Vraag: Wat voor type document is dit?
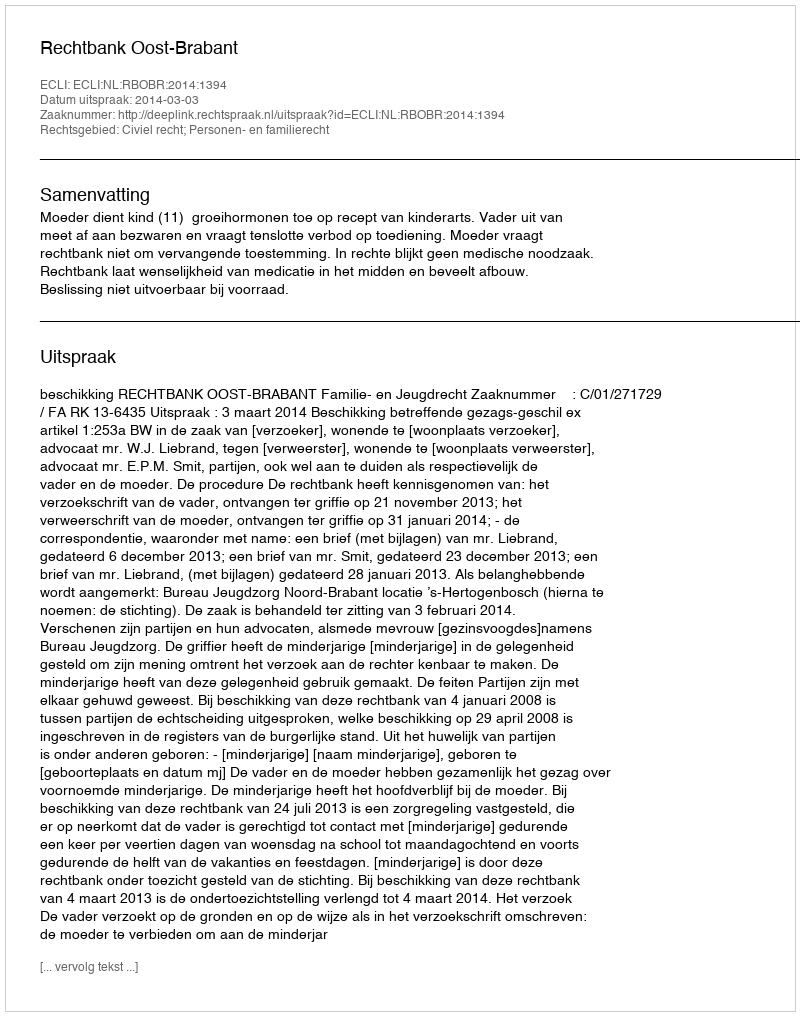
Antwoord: Uitspraak